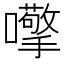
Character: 𱕨